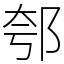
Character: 郀